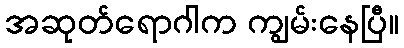
အဆုတ်ရောဂါက ကျွမ်းနေပြီ။